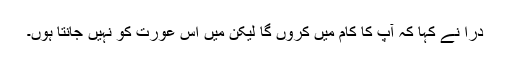
دراؔ نے کہا کہ آپ کا کام میں کروں گا لیکن میں اس عورت کو نہیں جانتا ہوں۔